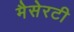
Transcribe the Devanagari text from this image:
मैसेरटी